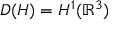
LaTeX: D ( H ) = H ^ { 1 } ( \mathbb { R } ^ { 3 } )